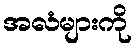
အလံများကို